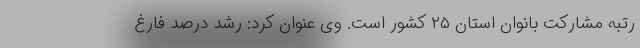
رتبه مشارکت بانوان استان ۲۵ کشور است. وی عنوان کرد: رشد درصد فارغ